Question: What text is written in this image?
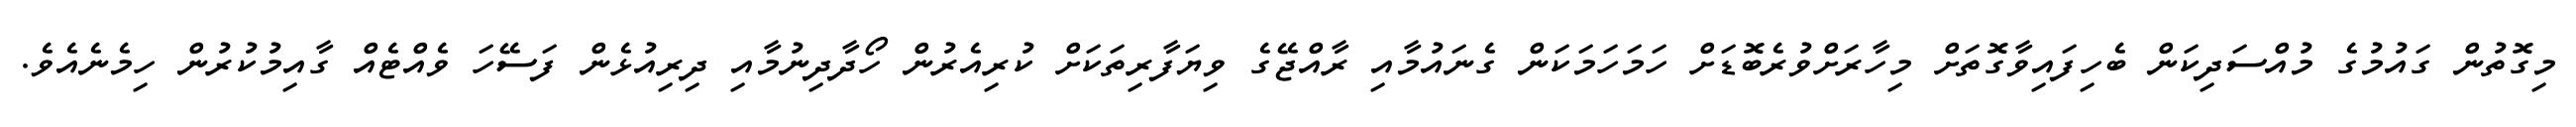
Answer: މިގޮތުން ގައުމުގެ މުއްސަދިކަން ބެހިފައިވާގޮތަށް މިހާރަށްވުރެބޮޑަށް ހަމަހަމަކަން ގެނައުމާއި ރާއްޖޭގެ ވިޔަފާރިތަކަށް ކުރިއެރުން ހޯދާދިނުމާއި ދިރިއުޅެން ފަސޭހަ ވެއްޓެއް ގާއިމުކުރުން ހިމެނެއެވެ.